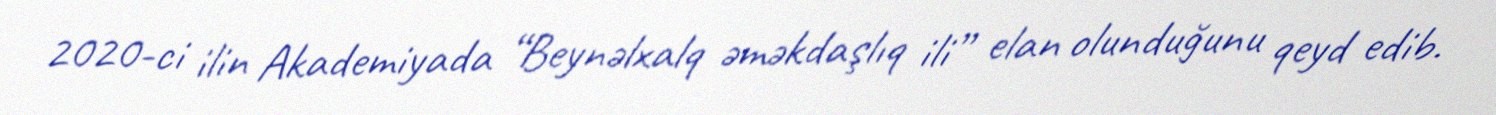
2020-ci ilin Akademiyada “Beynəlxalq əməkdaşlıq ili” elan olunduğunu qeyd edib.